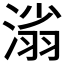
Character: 𣺟